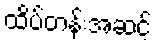
ထိပ်တန်းအဆင့်